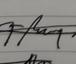
Signature authenticity: genuine